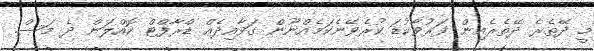
މީ ދޭތެރެ ދޭތެރެއިން ފަރުވާކުޑަ ކުރެވޭނެކަމެއްނޫން ގަވާއިދެއް ޑްރާފްޓް ކޮއްލަން ދެ މަސް.